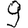
Digit: 9